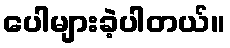
ပေါများခဲ့ပါတယ်။